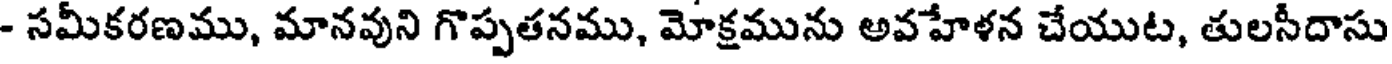
- సమీకరణము, మానవుని గొప్పతనము, మోక్షమును అవహేళన చేయుట, తులసీదాసు